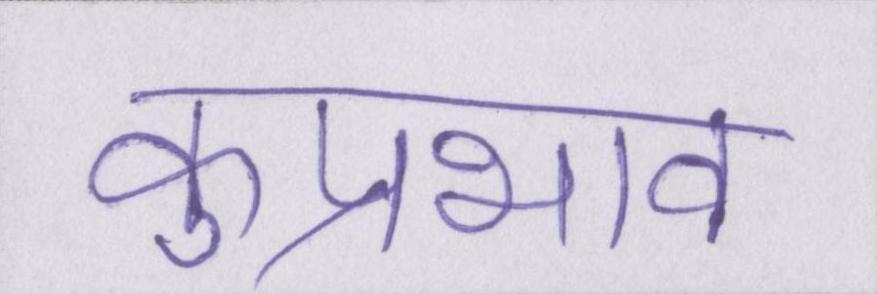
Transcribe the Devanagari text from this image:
कुप्रभाव